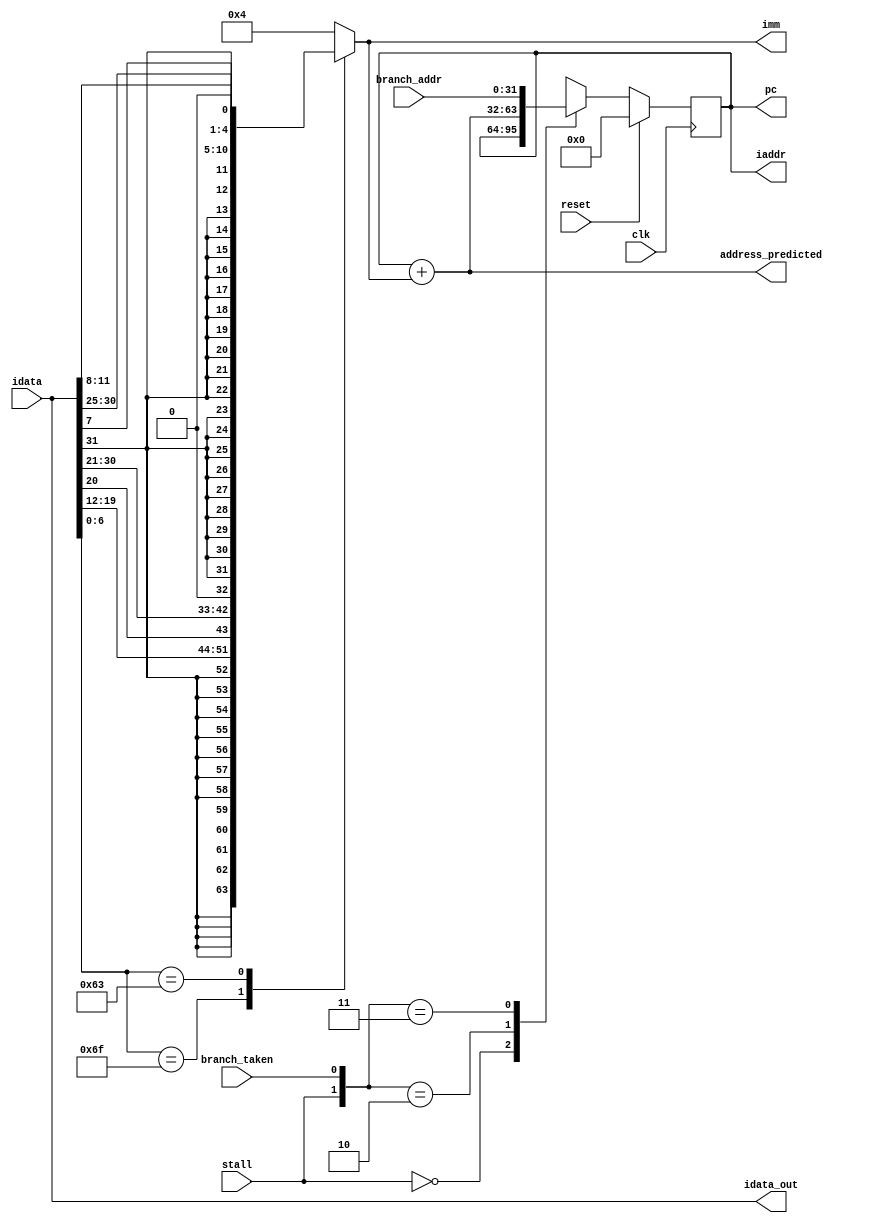
module stage1(
    input clk,reset,
    input stall,// from ID stage if a hazard is detected
    input [31:0] idata,//from IMEM
    output [31:0] idata_out,// to Decode
    input branch_taken,//to know if the branch is predicted wrong from EX
    input [31:0] branch_addr,///from EX
    output [31:0] iaddr,
    output reg [31:0] pc,
    output [31:0] address_predicted,
	 output reg [31:0]imm
);
    //reg [31:0] imm;
    assign iaddr = pc;
    assign idata_out = idata;
    assign address_predicted = pc + imm;

    //decoding immediate to predict branch
    always @(*) begin
        imm <= 32'h4;
        case(idata[6:0])
            7'b1101111 : imm <= {{12{idata[31]}},idata[19:12],idata[20],idata[30:21],1'b0};//JAL
            7'b1100011 : imm <= {{20{idata[31]}},idata[7],idata[30:25],idata[11:8],1'b0};//Branch
        endcase
    end

    always @(posedge clk) begin
        if(reset) begin
            pc <= 0;
        end else begin
            casez ({stall,branch_taken})
                2'b0z : pc <= pc;               //stalling
                2'b10 : pc <= address_predicted;//pc + imm;
					 2'b11 : pc <= branch_addr;      //corrected address from EX stage
                
            endcase
        end
    end
endmodule